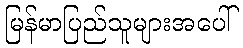
မြန်မာပြည်သူများအပေါ်